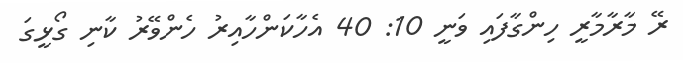
ރޭ މާރާމާރީ ހިންގާފައި ވަނީ 10: 40 އެހާކަންހާއިރު ހެންވޭރު ކާނި ގޯޅީގަ